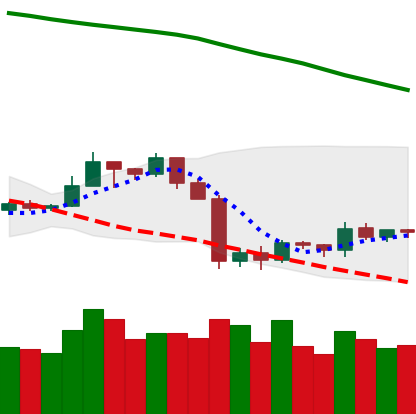
Ticker: TRX-USD
Chart end date: 2019-10-03
Forward return: 18.969%
Label: up_7plus